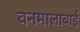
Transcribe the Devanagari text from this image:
वनमालाबाई